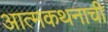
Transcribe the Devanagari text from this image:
आत्मकथनाची